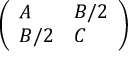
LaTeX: \left( { \begin{array} { l l } { A } & { B / 2 } \\ { B / 2 } & { C } \end{array} } \right)